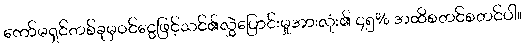
ကော်မရှင်တစ်ခုမှဝင်ငွေဖြင့်သင်၏လွှဲပြောင်းမှုအားလုံး၏ ၄၅% အထိစတင်စတင်ပါ။